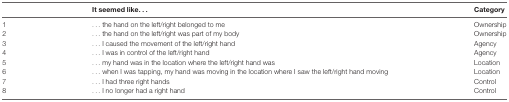
<table><thead><tr><td></td><td><b>It seemed like...</b></td><td><b>Category</b></td></tr></thead><tbody><tr><td>1</td><td>... the hand on the left/right belonged to me</td><td>Ownership</td></tr><tr><td>2</td><td>... the hand on the left/right was part of my body</td><td>Ownership</td></tr><tr><td>3</td><td>... I caused the movement of the left/right hand</td><td>Agency</td></tr><tr><td>4</td><td>... I was in control of the left/right hand</td><td>Agency</td></tr><tr><td>5</td><td>... my hand was in the location where the left/right hand was</td><td>Location</td></tr><tr><td>6</td><td>... when I was tapping, my hand was moving in the location where I saw the left/right hand moving</td><td>Location</td></tr><tr><td>7</td><td>... I had three right hands</td><td>Control</td></tr><tr><td>8</td><td>... I no longer had a right hand</td><td>Control</td></tr></tbody></table>